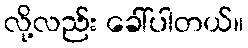
လို့လည်း ခေါ်ပါတယ်။